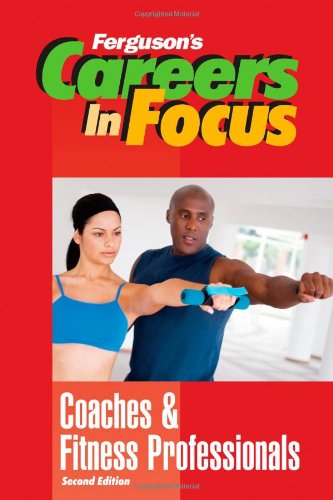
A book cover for Coaches and Fitness Professionals (Ferguson's Careers in Focus); Ferguson Publishing; Teen & Young Adult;